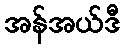
အန်အယ်ဒီ